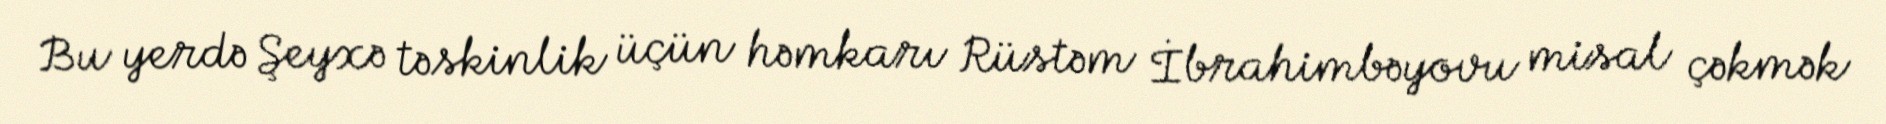
Bu yerdə Şeyxə təskinlik üçün həmkarı Rüstəm İbrahimbəyovu misal çəkmək